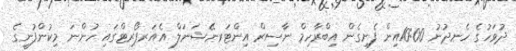
ދުވަހުގެ ހެނދުނު 10:00އިން ފެށިގެން އިބްރާހިމް ނާސިރް އިންޓަރނޭޝަނަލް އެއަރޕޯރޓްގައި ހުންނަ މިކުންފުނީގެ